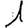
Digit: 1